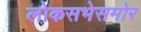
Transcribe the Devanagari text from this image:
लोकसभेसमोर